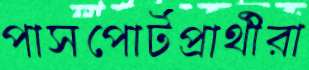
পাসপোর্টপ্রার্থীরা